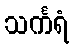
သင်္ကရံ